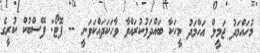
މުހައްމަދު ޖަމީލް އަހްމަދު މީހަކާ ބައްދަލުކުރައްވާ ވާހަކަދައްކަވަނީ -- ފޮޓޯ: ފޭސްބުކް ކުރީގެ